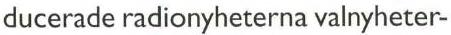
ducerade radionyheterna valnyheter-